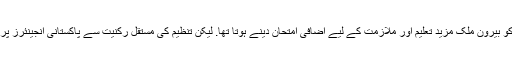
بیان میں کہا گیا کہ پہلے پاکستانی انجینئرز کو بیرون ملک مزید تعلیم اور ملازمت کے لیے اضافی امتحان دینے ہوتا تھا. لیکن تنظیم کی مستقل رکنیت سے پاکستانی انجینئرز پر عائد اضافی امتحان کی شرط ختم ہوگئی ہے۔